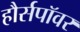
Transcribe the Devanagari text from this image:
हौर्सपॉवर